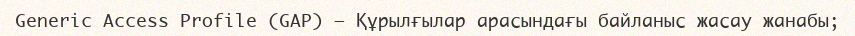
Generic Access Profile (GAP) — Құрылғылар арасындағы байланыс жасау жанабы;